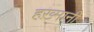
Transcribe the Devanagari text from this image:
हख़्मानी